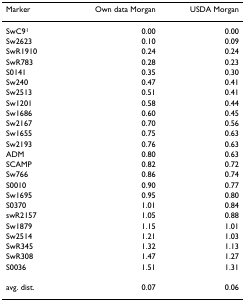
<table><thead><tr><td><b>Marker</b></td><td><b>Own data Morgan</b></td><td><b>USDA Morgan</b></td></tr></thead><tbody><tr><td>SwC9<sup>1</sup></td><td>0.00</td><td>0.00</td></tr><tr><td>Sw2623</td><td>0.10</td><td>0.09</td></tr><tr><td>SwR1910</td><td>0.24</td><td>0.24</td></tr><tr><td>SwR783</td><td>0.28</td><td>0.23</td></tr><tr><td>S0141</td><td>0.35</td><td>0.30</td></tr><tr><td>Sw240</td><td>0.47</td><td>0.41</td></tr><tr><td>Sw2513</td><td>0.51</td><td>0.41</td></tr><tr><td>Sw1201</td><td>0.58</td><td>0.44</td></tr><tr><td>Sw1686</td><td>0.60</td><td>0.45</td></tr><tr><td>Sw2167</td><td>0.70</td><td>0.56</td></tr><tr><td>Sw1655</td><td>0.75</td><td>0.63</td></tr><tr><td>Sw2193</td><td>0.76</td><td>0.63</td></tr><tr><td>ADM</td><td>0.80</td><td>0.63</td></tr><tr><td>SCAMP</td><td>0.82</td><td>0.72</td></tr><tr><td>Sw766</td><td>0.86</td><td>0.74</td></tr><tr><td>S0010</td><td>0.90</td><td>0.77</td></tr><tr><td>Sw1695</td><td>0.95</td><td>0.80</td></tr><tr><td>S0370</td><td>1.01</td><td>0.84</td></tr><tr><td>swR2157</td><td>1.05</td><td>0.88</td></tr><tr><td>Sw1879</td><td>1.15</td><td>1.01</td></tr><tr><td>Sw2514</td><td>1.21</td><td>1.03</td></tr><tr><td>SwR345</td><td>1.32</td><td>1.13</td></tr><tr><td>SwR308</td><td>1.47</td><td>1.27</td></tr><tr><td>S0036</td><td>1.51</td><td>1.31</td></tr><tr><td>avg. dist.</td><td>0.07</td><td>0.06</td></tr></tbody></table>